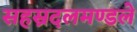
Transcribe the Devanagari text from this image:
सहस्रदलमण्डले